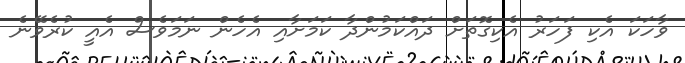
ވާހަކަ އެކި ފަހަރު އެކިގޮތަށް ދައްކަމުންދާ ކަމަށާއި އެހެން ނަމަވެސް އެއީ ކުރެވޭނެ